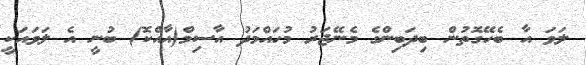
ލަވަ އާ ބެހޭގޮތުން ބިދަބިންގެ މެނޭޖަރު މުހައްމަދު އާސިމް(އާއްކޮ) ބުނީ އެ ލަވައަކީ